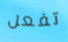
تفعل